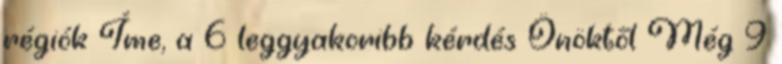
régiók Íme, a 6 leggyakoribb kérdés Önöktől Még 9